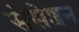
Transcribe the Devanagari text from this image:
सेंसेशन